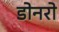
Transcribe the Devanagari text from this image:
डोनरो